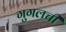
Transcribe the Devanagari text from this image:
गुगलची